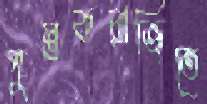
পুস্তকরাজিতে